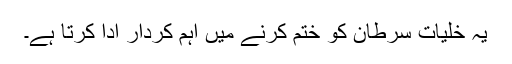
یہ خلیات سرطان کو ختم کرنے میں اہم کردار ادا کرتا ہے۔